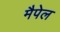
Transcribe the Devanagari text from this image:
मैपेल